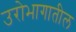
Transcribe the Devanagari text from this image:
उरोभागातील